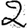
Digit: 2